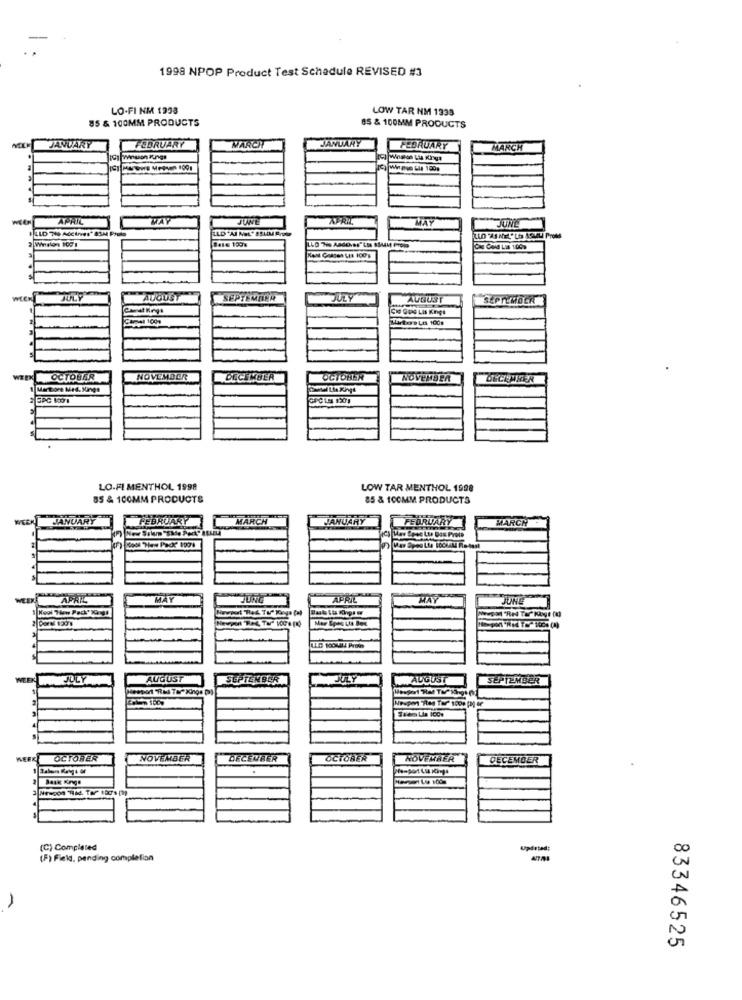
1998 NPOP Product Test Schedule REVISED #3
LO-FI NM 1998
LOW TAR NM 1333
85 & 100MM PRODUCTS
85 & 100MM PRODUCTS
MARCH
JANUARY
JANUARY
FEBRUARY
FEBRUARY
MARCH
APHIL
WAY
JUNE
APRIL
MAY
JUNE
JULY
AUGUST
SEPTEMBER
JULY
AUGUST
SEPTEMBER
Cipal 1009
Marlboro LIS 100g
WEEK OCTOBER
NOVEMBER
DECEMBER
OCTOBER
NOVEMBER
1 Martore Med. Kings
LO-FI MENTHOL 1998
LOW TAR MENTHOL 1998
85 & 100MM PRODUCTS
85 & 100MM PRODUCTS
JANUARY
FEBRUARY
MARCH
JANUARY
FEBRUARY
MARCH
WEEK
APRIL
MAY
JUNG
APRIL
MAY
JUNE
JULY
AUGUST
SEPTEMBER
ULY
AUGUST
SEPTEMBER
WEEK
OCTOBER
NOVEMBER
DECEMBER
OCTOBER
NOVEMBER
DECEMBER
(C) Completed
Updated;
(F) Field, pending completion
83346525